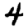
Digit: 4